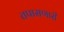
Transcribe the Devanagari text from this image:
तपासणारी